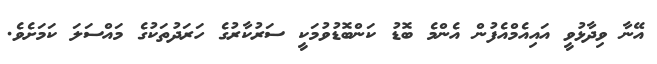
އޭނާ ވިދާޅުވީ އައިއެމްއެފުން އެންމެ ބޮޑު ކަންބޮޑުވުމަކީ ސަރުކާރުގެ ހަރަދުތަކުގެ މައްސަލަ ކަމަށެވެ.